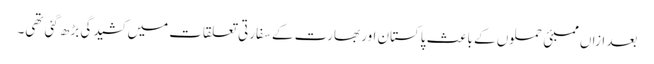
بعد ازاں ممبئی حملوں کے باعث پاکستان اور بھارت کے سفارتی تعلقات میں کشیدگی بڑھ گئی تھی۔